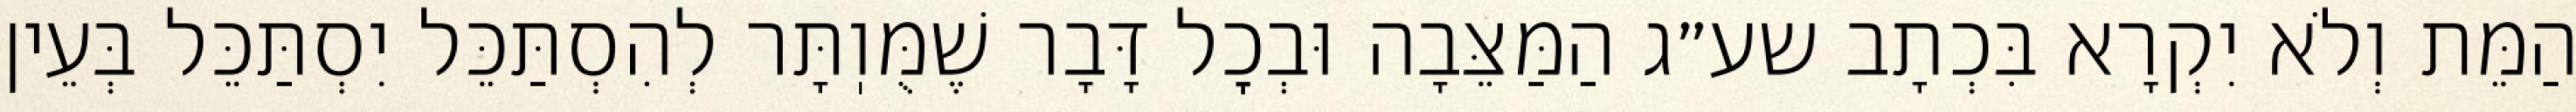
הַמֵּת וְלֹא יִקְרָא בִּכְתָב שע״ג הַמַּצֵּבָה וּבְכׇל דָּבָר שֶׁמֻּוֽתָּר לְהִסְתַּכֵּל יִסְתַּכֵּל בְּעֵין